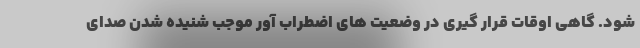
شود. گاهی اوقات قرار گیری در وضعیت های اضطراب آور موجب شنیده شدن صدای